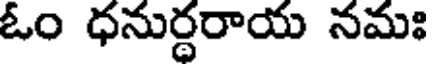
ఓం ధనుర్ధరాయ నమః